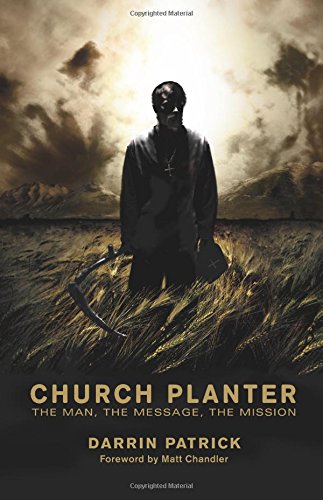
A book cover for Church Planter: The Man, the Message, the Mission; Darrin Patrick; Christian Books & Bibles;